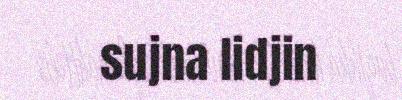
sujna lidjin